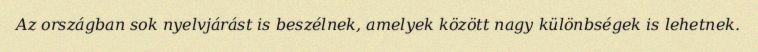
Az országban sok nyelvjárást is beszélnek, amelyek között nagy különbségek is lehetnek.